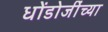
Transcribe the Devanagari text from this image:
धोंडोजींच्या